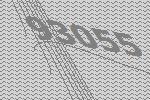
93055